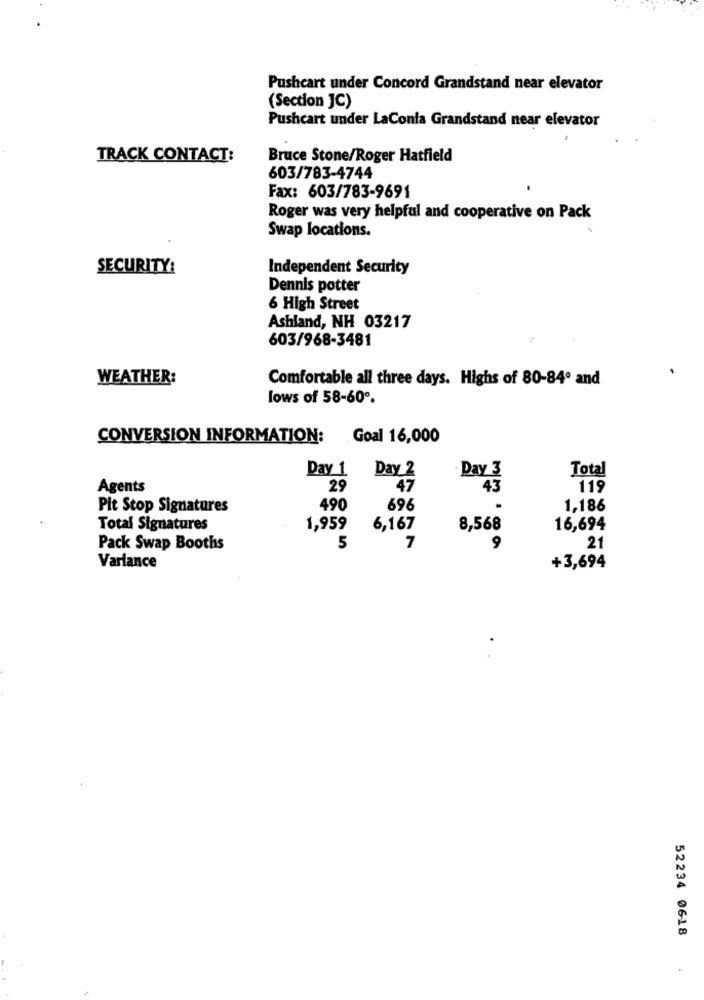
Pushcart under Concord Grandstand near elevator
(Section JC)
Pushcart under LaConta Grandstand near elevator
TRACK CONTACT:
Bruce Stone/Roger Hatfield
603/783-4744
Fax: 603/783-9691
Roger was very helpful and cooperative on Pack
Swap locations.
SECURITY:
Independent Security
Dennis potter
6 High Street
Ashland, NH 03217
603/968-3481
WEATHER:
Comfortable all three days. Highs of 80-84º and
lows of 58-60º.
CONVERSION INFORMATION:
Goal 16,000
Day 1
Day 2
Day 3
Total
Agents
29
47
43
119
Pit Stop Signatures
490
696
1,186
Total Signatures
1,959
6,167
8,568
16,694
Pack Swap Booths
5
7
9
21
Variance
+3,694
52234 0618